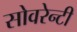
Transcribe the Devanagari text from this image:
सोवरेन्टी